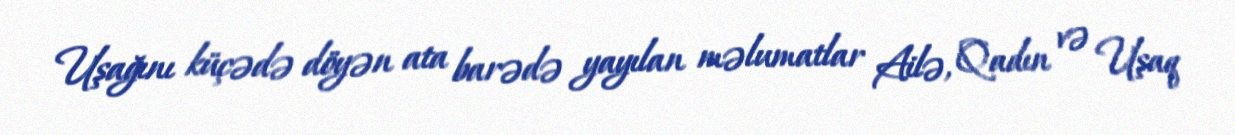
Uşağını küçədə döyən ata barədə yayılan məlumatlar Ailə, Qadın və Uşaq